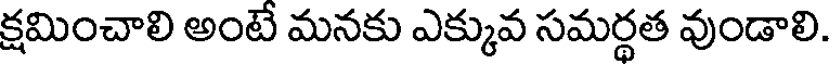
క్షమించాలి అంటే మనకు ఎక్కువ సమర్థత వుండాలి.